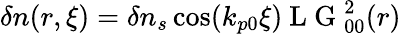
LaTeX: \begin{array}{r}{\delta n(r,\xi)=\delta n_{s}\cos(k_{p0}\xi)\mathrm{~L~G~}_{00}^{2}(r)}\end{array}